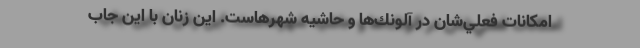
امكانات فعلي‌شان در آلونك‌ها و حاشيه شهرهاست. اين زنان با اين جاب